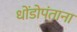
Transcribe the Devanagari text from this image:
धोंडोपंताना